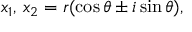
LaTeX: x _ { 1 } , \, x _ { 2 } = r ( \cos \theta \pm i \sin \theta ) ,